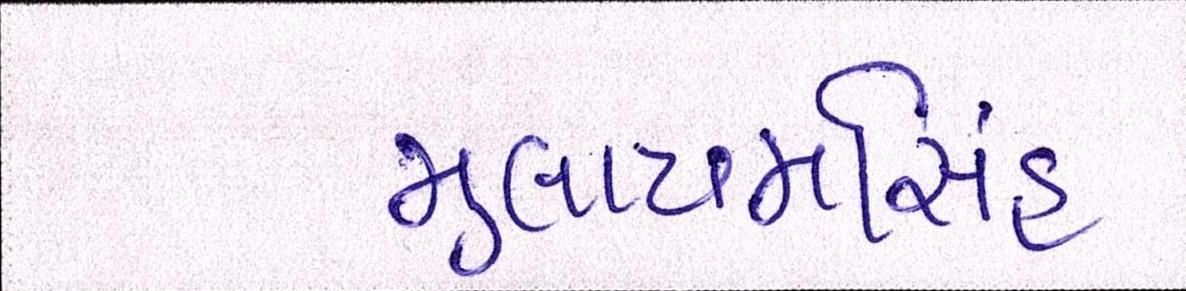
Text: મુલાયમસિંહ